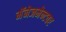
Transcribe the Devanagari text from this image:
मॅनेजमेन्टवर